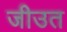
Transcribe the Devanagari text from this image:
जीउत